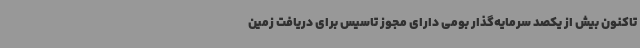
تاکنون بیش از یکصد سرمایه‌گذار بومی دارای مجوز تاسیس برای دریافت زمین